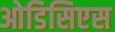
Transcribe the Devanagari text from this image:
ओडिसिएस